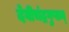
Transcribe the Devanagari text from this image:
देवीचंद्रगुप्तम्‌